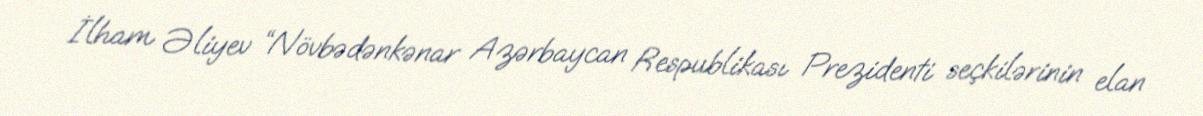
İlham Əliyev “Növbədənkənar Azərbaycan Respublikası Prezidenti seçkilərinin elan